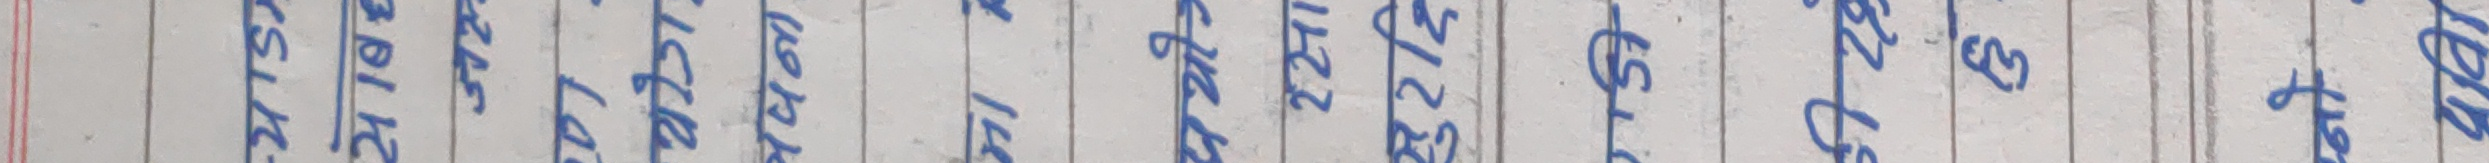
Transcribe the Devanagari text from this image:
थालेको रहेछ ।